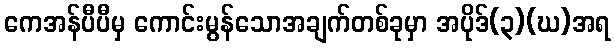
ကေအန်ပီပီမှ ကောင်းမွန်သောအချက်တစ်ခုမှာ အပိုဒ်(၃)(ဃ)အရ